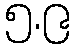
၅.၉